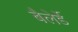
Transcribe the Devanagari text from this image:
बैलेर्डे